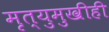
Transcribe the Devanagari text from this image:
मृत्युमुखीही